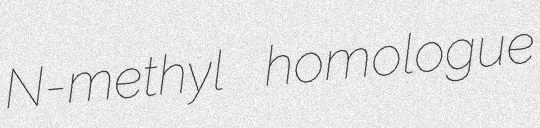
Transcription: N-methyl homologue